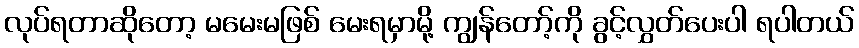
လုပ်ရတာဆိုတော့ မမေးမဖြစ် မေးရမှာမို့ ကျွန်တော့်ကို ခွင့်လွှတ်ပေးပါ ရပါတယ်